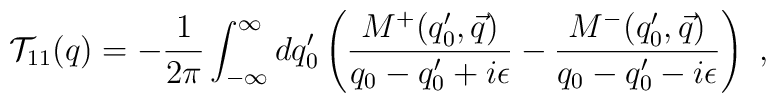
{\cal T}_{11}(q) = -\frac{1}{2\pi} \int_{-\infty}^{\infty} d q_0^\prime\left( \frac{M^+(q_0^\prime, \vec{q})}{q_0-q_0^\prime +i \epsilon} - \frac{M^-(q_0^\prime, \vec{q})}{q_0-q_0^\prime -i \epsilon} \right)~,